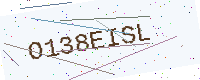
Text: O138EISL